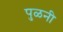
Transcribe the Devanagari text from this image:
पुळनी